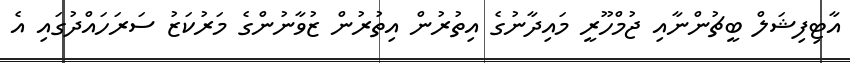
އާޓިފިޝަލް ބީޗުންނާއި ޖުމްހޫރީ މައިދާނުގެ އިތުރުން އިތުރުން ޒުވާނުންގެ މަރުކަޒު ސަރަހައްދުގައި އެ